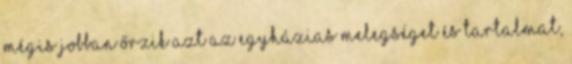
mégis jobban őrzik azt az egyházias melegséget és tartalmat,